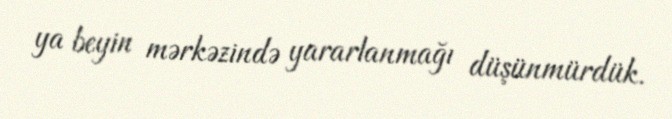
ya beyin mərkəzində yararlanmağı düşünmürdük.